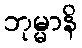
ဘုမ္မာနိ